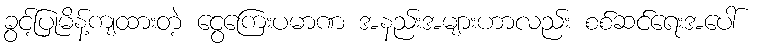
ခွင့်ပြုမိန့်ကျထားတဲ့ ငွေကြေးပမာဏ အနည်းအများဟာလည်း စစ်ဆင်ရေးအပေါ်